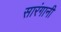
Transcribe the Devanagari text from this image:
सारंगानी